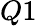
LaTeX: Q1